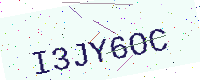
Text: I3JY6OC